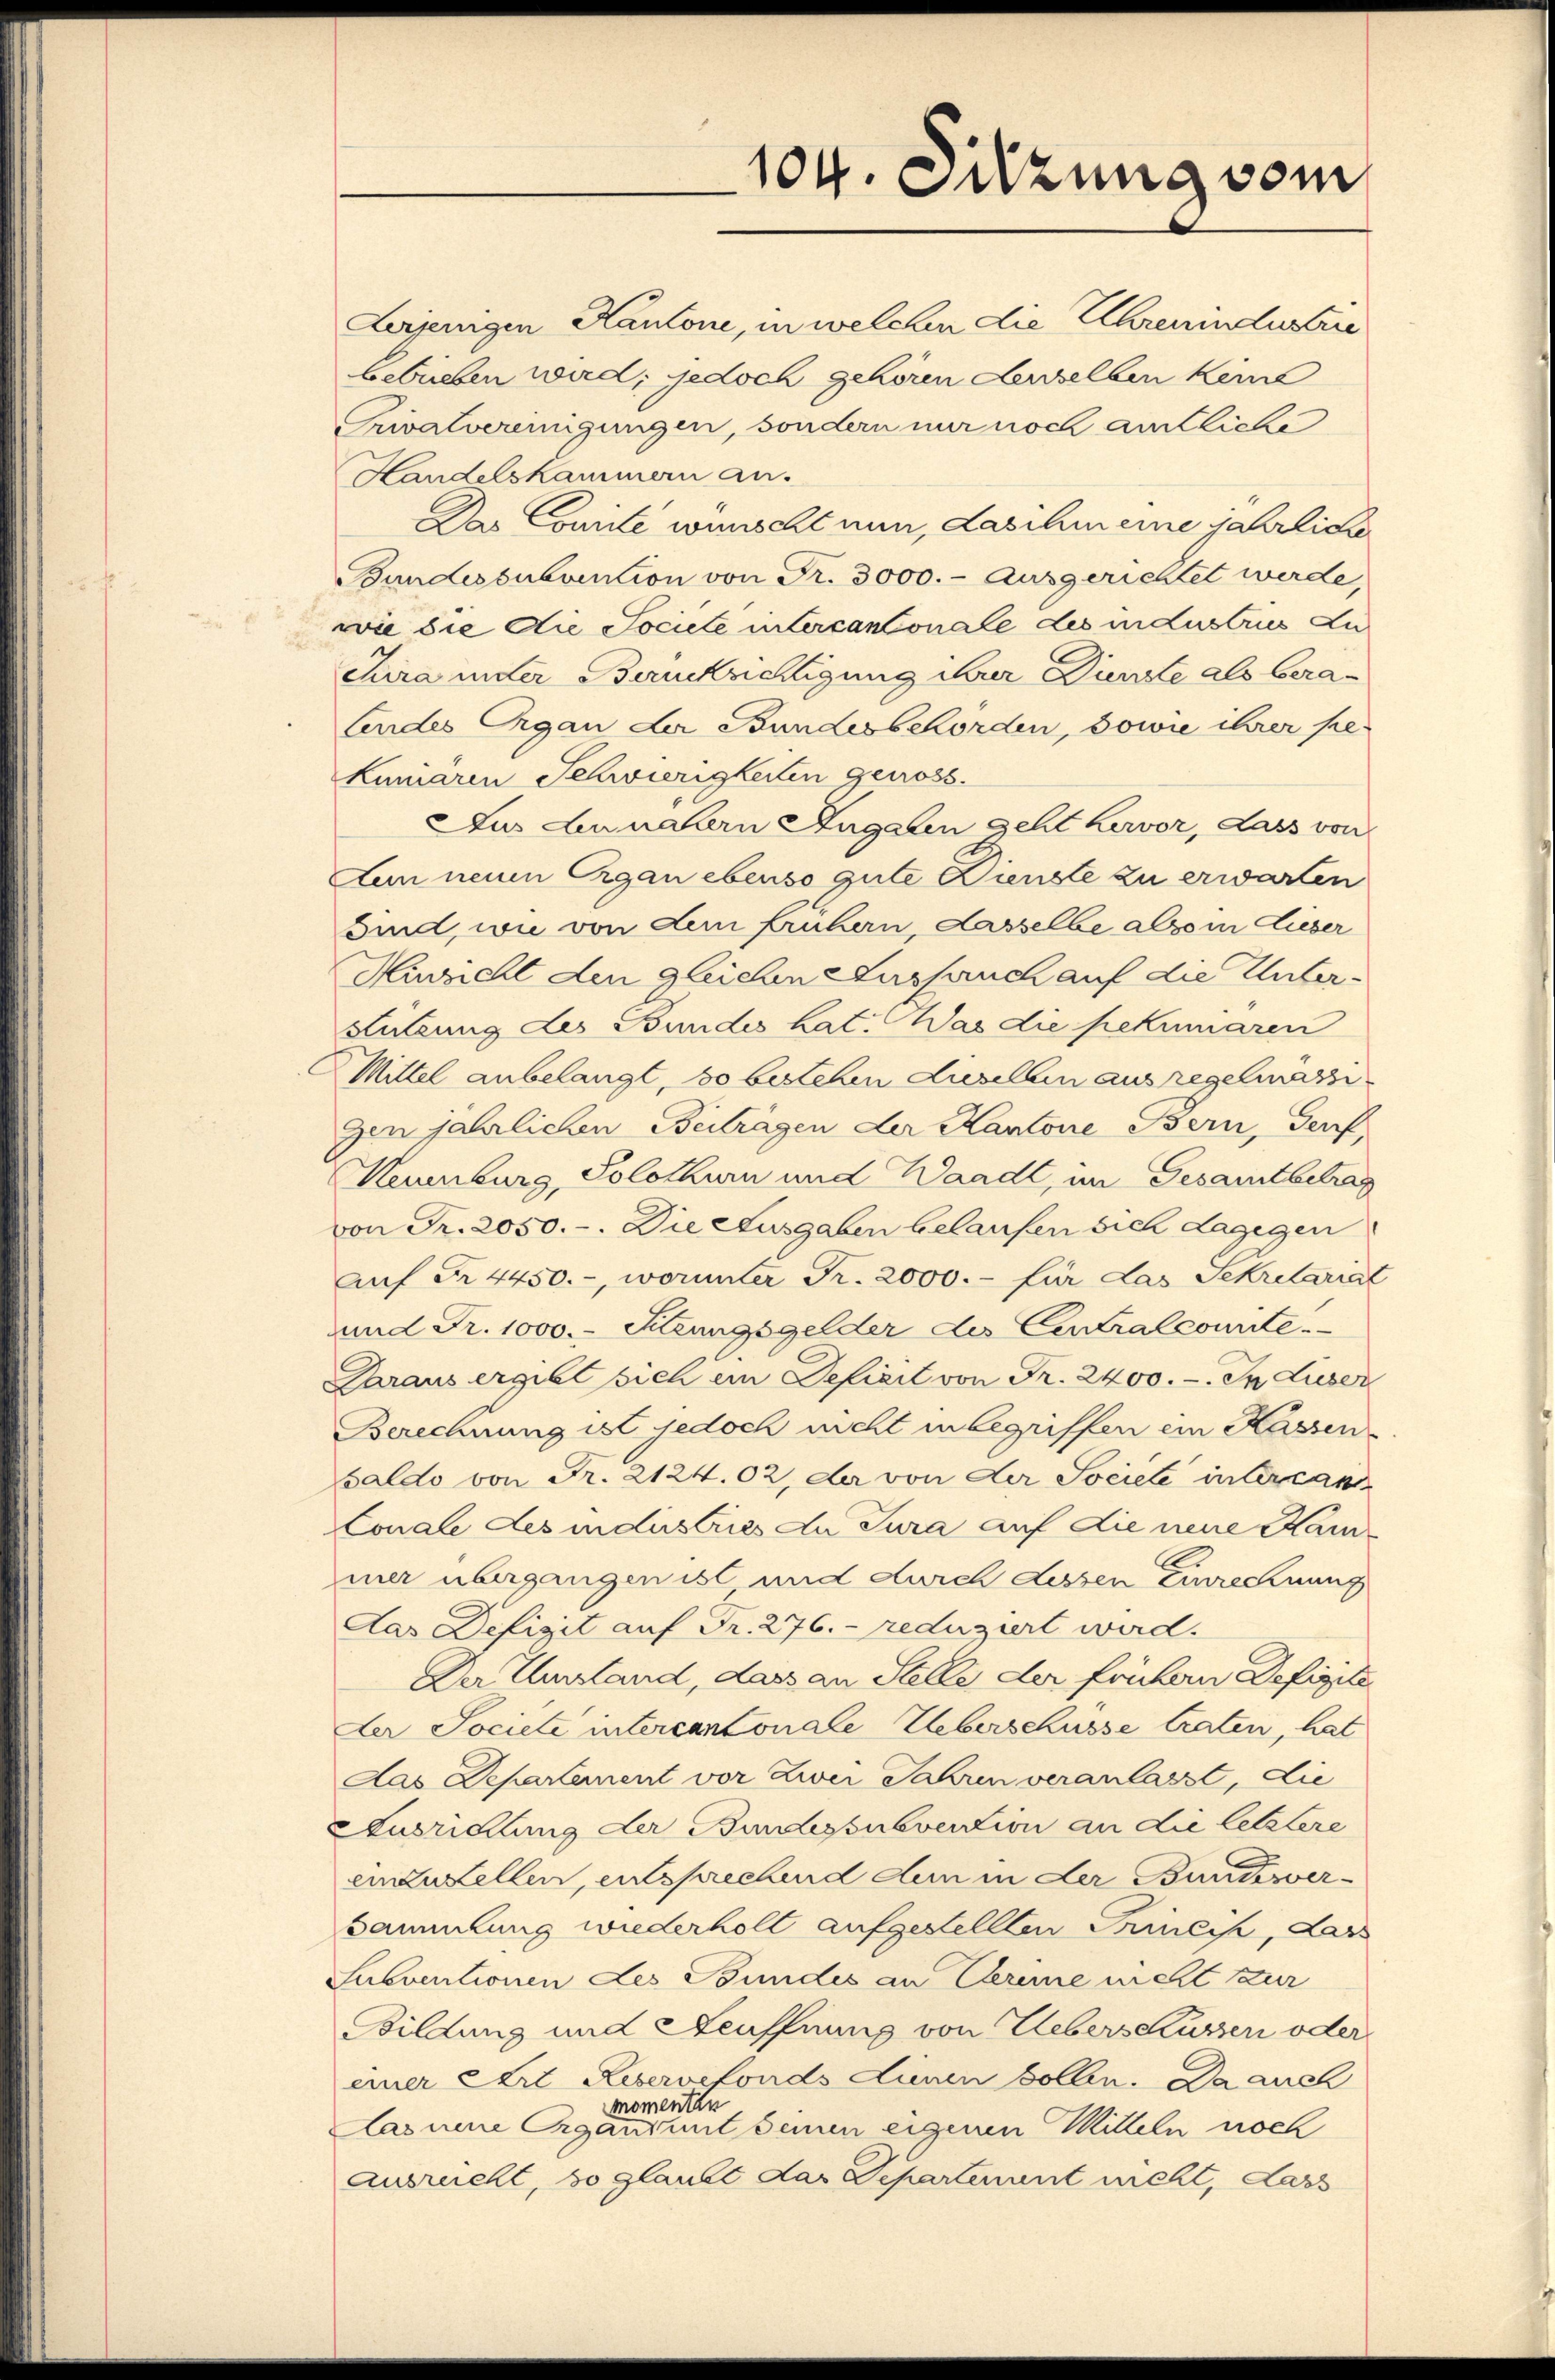
104. Sitzung vom

Lerjenigen Kantone, in welchen die Ehrenindustrie
bebrieben wird; jedoch gehören denselben keine
Twalvereinigungen, sondern nur noch amtliche
Handelskammern an.
Das Comite wünscht nun, das ihm eine jährliche
Bundessubvention von Fr. 3000.- ausgerichtet werde,
wie die die Sociele intercantonale des in Lustries Lu
Chira unter Berücksichtigung ihrer Dienste als bera-
Endes Organ der Bundesbehörden, sowie ihrer pe
kumaren Schwierigkeiten getross.
Jus Lunalern Angaben geht hervor, Lass von
Lun neuen Organ ebenso gute Dienste zu erwarten
sind, wie von dem frühern, Lasselbe also in dieser
Hinsicht den gleichen Auspruch auf die Unter¬
Stützung des Bundes hat. Was die pekumaren
Mittel anbelangt, so bestehen dieselben aus regelmach
gen jährlichen Beiträgen der Kantone Bern, Gerf
Kaunburg, Solothurn und Waadt, im Gesamtbetrag
von Fr. 2050.-. Die Ausgaben belaufen sich Lagegen
Auf Fr. 4450. -, worunter Fr. 2000.- für das Sekretarial
und Fr. 1000.- Sitzungsgelder des Centralcounte
Daraus ergibt sich ein Deficit von Fr. 2400. - In Lieser
Berechnung ist jedoch nicht in begriffen ein Kassen-
Saldo von Fr. 2124.02, der von der Sociele intercan
Conale des industries du Jura auf die neue Kam
mer übergangen ist und durch dessen Einrechnung
Das Defizit auf Fr. 276. reduziert wird.
Der Umstand, dass an Stelle der frühern Defizite
Der Societe intercantonale Ueberschusse traten, hat
Das Departement vor Zwei Jahren veranlasst, die
Susrichtung der Bundessubvention an die letztere
einzustellen, entsprechend den in der Bundesver¬
Sammlung wiederholt aufgestellten Griech, das
Subventionen des Bundes an Cereme nicht zur
Bildung und Heuffnung von Uebers Kusser oder
einer Art Reservefonds unen sollen. Da auch
momenten
Dasnene Organdant seinen eigenen Mitteln noch
ausrucht, so glaubt das Departenant nicht, dass